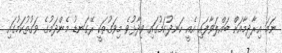
ނަމަ އިރާދިމާއަށް ބައްލަވާފައި އެއީ ހަނދުކަމުގައި ވިދާޅުވެ މިވަގުތަކީ ރޭގަނޑު މެންދަމުގެ ވަގުތުކަމުގައި